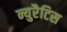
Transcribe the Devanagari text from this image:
न्युरैटिस